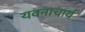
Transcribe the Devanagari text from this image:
यवनाचार्य